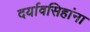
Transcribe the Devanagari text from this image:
दर्यावसिहांना